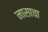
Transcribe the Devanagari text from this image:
नासाचा